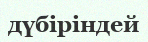
дүбіріндей